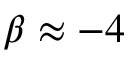
\beta \approx - 4